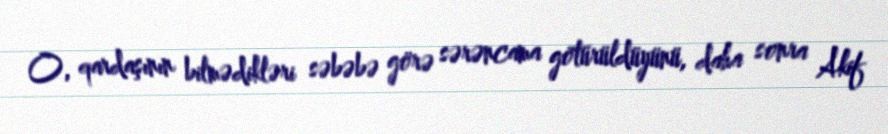
O, qardaşının bilmədikləri səbəbə görə sərəncama götürüldüyünü, daha sonra Akif